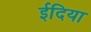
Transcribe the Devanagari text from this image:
ईदिया